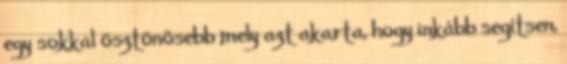
egy sokkal ösztönösebb mely azt akarta, hogy inkább segítsen,